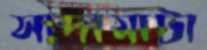
সাদামাটা